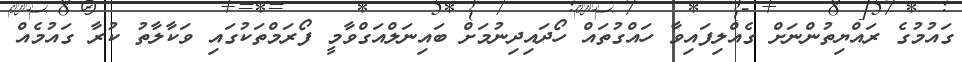
ގައުމުގެ ރައްޔިތުންނަށް ގެއްލިފައިވާ ހައްގުތައް ހޯދައިދިނުމަށް ބައިނަލްއަގްވާމީ ފޯރަމްތަކުގައި ވަކާލާތު ކުރާ ގައުމެއް